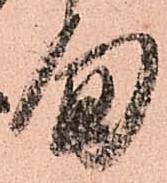
旬